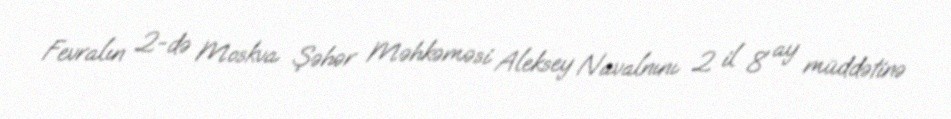
Fevralın 2-də Moskva Şəhər Məhkəməsi Aleksey Navalnını 2 il 8 ay müddətinə